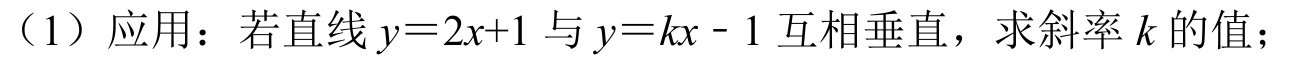
（1）应用：若直线\(y = 2x + 1\)与\(y = kx - 1\)互相垂直，求斜率\(k\)的值；